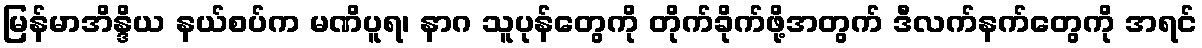
မြန်မာအိန္ဒိယ နယ်စပ်က မဏိပူရ၊ နာဂ သူပုန်တွေကို တိုက်ခိုက်ဖို့အတွက် ဒီလက်နက်တွေကို အရင်